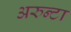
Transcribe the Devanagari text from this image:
अरुन्टा